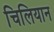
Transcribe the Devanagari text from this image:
चिलियान